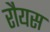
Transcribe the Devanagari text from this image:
रौयस